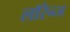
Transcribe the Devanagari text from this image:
लॉरेन्ज